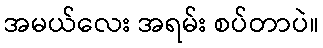
အမယ်လေး အရမ်း စပ်တာပဲ။